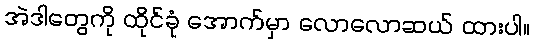
အဲဒါတွေကို ထိုင်ခုံ အောက်မှာ လောလောဆယ် ထားပါ။